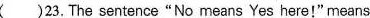
( )23. The sentence"No means Yes here!" means